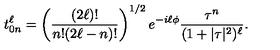
t _ { 0 n } ^ { \ell } = \left( \frac { ( 2 \ell ) ! } { n ! { ( 2 \ell - n ) ! } } \right) ^ { 1 / 2 } e ^ { - i \ell \phi } \frac { \tau ^ { n } } { ( 1 + | \tau | ^ { 2 } ) ^ { \ell } } .